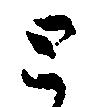
と